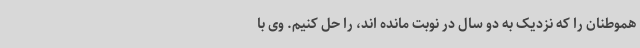
هموطنان را که نزدیک به دو سال در نوبت مانده اند، را حل کنیم. وی با